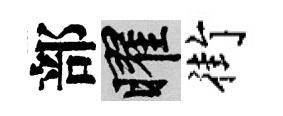
部曜街